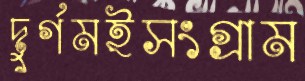
দুর্গমইসংগ্রাম